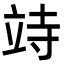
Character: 𥩳